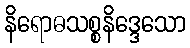
နိရောဓသစ္စနိဒ္ဒေသော